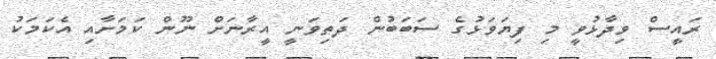
ރައީސް ވިދާޅުވީ މި ފިޔަވަޅުގެ ސަބަބުން ދަތިވަނީ އީރާނަށް ނޫން ކަމަށާއި އެކަމަކު